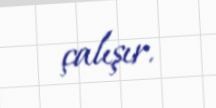
çalışır.